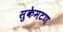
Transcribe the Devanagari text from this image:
सुकेमटण